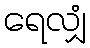
ရေလျှံ